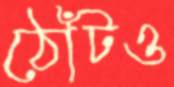
ঠোঁটও